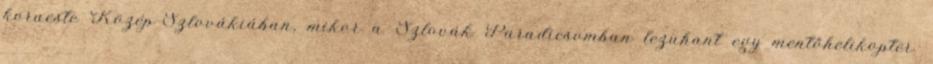
koraeste Közép-Szlovákiában, mikor a Szlovák Paradicsomban lezuhant egy mentőhelikopter.